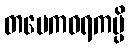
တမေကဝရကမ္ပိ